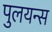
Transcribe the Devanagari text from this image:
पुलयन्स